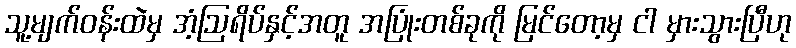
သူ့မျက်ဝန်းထဲမှ အံ့ဩရိပ်နှင့်အတူ အပြုံးတစ်ခုကို မြင်တော့မှ ငါ မှားသွားပြီဟု